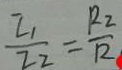
\frac { I _ { 1 } } { I _ { 2 } } = \frac { R _ { 2 } } { R }